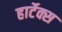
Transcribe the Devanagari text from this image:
हार्टेक्स